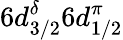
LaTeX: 6d_{3/2}^{\delta}6d_{1/2}^{\pi}